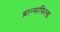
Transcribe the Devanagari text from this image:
ब्रान्सफिल्ड